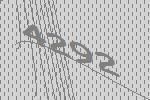
4292